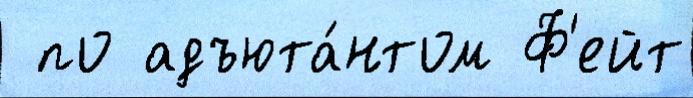
 по адъюта́нтом Ф'ейт